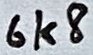
Text: 6k8